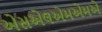
એસએલએમએમએ